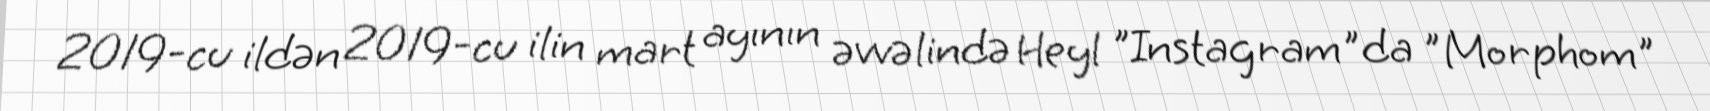
2019-cu ildən 2019-cu ilin mart ayının əvvəlində Heyl "Instagram"da "Morphom"